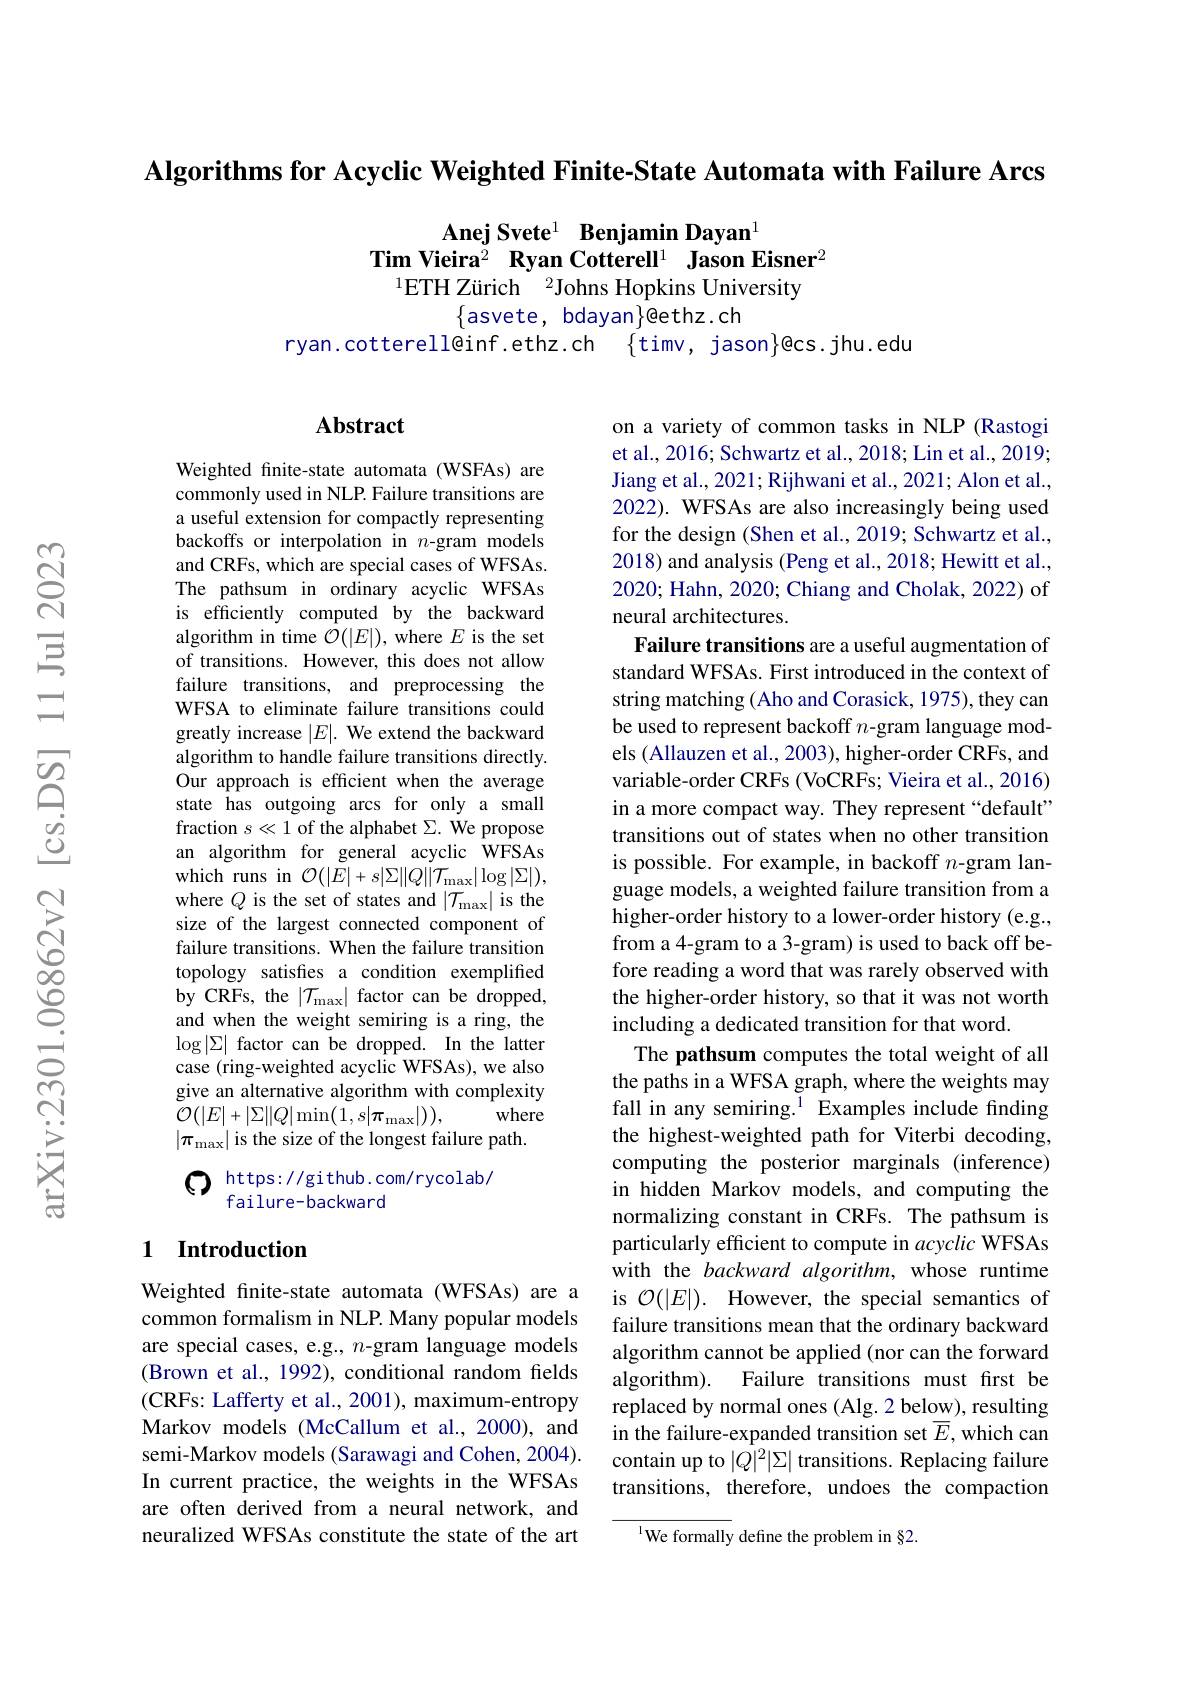
Algorithms for Acyclic Weighted Finite-State Automata with Failure Arcs

Anej Svete$^{1}$ Benjamin Dayan$^{1}$
Tim Vieira$^2\textbf{ Ryan Cotterell}^1\textbf{ Jason Eisner}^2$
$^{1}$ETH Zürich$^2$Johns Hopkins University

$\{$asvete, bdayan$\}$@ethz.ch
ryan.cotterell@inf.ethz.ch $\{$timv, jason$\}$@cs.jhu.edu

### $\mathbf{Abstract}$

Weighted fnite-state automata (WSFAs) are commonly used in NLP. Failure transitions are a useful extension for compactly representing backoffs or interpolation in $n$-gram models and CRFs, which are special cases of WFSAs. The pathsum in ordinary acyclic WFSAs is efficiently computed by the backward algorithm in time $\mathcal{O}(|E|)$, where $E$ is the set of transitions. However, this does not allow failure transitions, and preprocessing the WFSA to eliminate failure transitions could greatly increase $|E|.$ We extend the backward algorithm to handle failure transitions directly. Our approach is efficient when the average state has outgoing arcs for only a small fraction $s\ll1$ of the alphabet $\Sigma.$ We propose an algorithm for general acyclic $\hat{\mathrm{WFSAs}}$ which runs in $\mathcal{O} ( | \tilde{E} | + s| \Sigma | | Q| | \tilde{\mathcal{T} } _{\mathrm{max}}| \log | \Sigma | ) $, where $Q$ is the set of states and $|\mathcal{T}_\mathrm{max}|$ is the size of the largest connected component of failure transitions. When the failure transition topology satisfies a condition exemplified by CRFs, the $|\mathcal{T}_\mathrm{max}|$ factor can be dropped, and when the weight semiring is a ring, the $\log|\Sigma|$ factor can be dropped. In the latter case (ring-weighted acyclic WFSAs), we also give an alternative algorithm with complexity
where
$\mathcal{O}(|E|+|\Sigma||Q|\min(1,s|\pi_{\max}|))$,
$|\pi_{\max}|$ is the size of the longest failure path.
$\textcircled{\mathrm{C}}\underline{\text{https://github.com/rycolab/}\\\text{failure-backward}}$

on a variety of common tasks in NLP (Rastogi et al., 2016; Schwartz et al., 2018; Lin et al., 2019; Jiang et al., 2021; Rijhwani et al., 2021; Alon et al., 2022). WFSAs are also increasingly being used for the design (Shen et al., 2019; Schwartz et al., 2018) and analysis (Peng et al., 2018; Hewitt et al., 2020; Hahn, 2020; Chiang and Cholak, 2022) of neural architectures.
Failure transitions are a useful augmentation of standard WFSAs. First introduced in the context of string matching (Aho and Corasick, 1975), they can be used to represent backoff $n$-gram language models (Allauzen et al., 2003), higher-order CRFs, and variable-order CRFs (VoCRFs; Vieira et al., 2016) in a more compact way. They represent“default” transitions out of states when no other transition is possible. For example, in backoff $n$-gram language models, a weighted failure transition from a higher-order history to a lower-order history (e.g., from a 4-gram to a 3-gram) is used to back off before reading a word that was rarely observed with the higher-order history, so that it was not worth including a dedicated transition for that word.
The pathsum computes the total weight of all the paths in a WFSA graph, where the weights may fall in any semiring.$^{1}$ Examples include finding the highest-weighted path for Viterbi decoding, computing the posterior marginals (inference) in hidden Markov models, and computing the normalizing constant in CRFs. The pathsum is particularly efficient to compute in acyclic WFSAs with the backward algorithm, whose runtime is $\mathcal{O} ( | E| ) .$ However, the special semantics of failure transitions mean that the ordinary backward algorithm cannot be applied (nor can the forward algorithm). Failure transitions must frst be replaced by normal ones (Alg. 2 below), resulting in the failure-expanded transition set $\overline{E}$,which can contain up to $|Q|^2|\Sigma|$ transitions. Replacing failure transitions, therefore, undoes the compaction
$^{1}$We formally define the problem in §2.

## 1 Introduction

Weighted fnite-state automata (WFSAs) are a common formalism in NLP. Many popular models are special cases, e.g., $n$-gram language models (Brown et al., 1992), conditional random fields (CRFs: Lafferty et al., 2001), maximum-entropy Markov models (McCallum et al., 2000), and semi-Markov models (Sarawagi and Cohen, 2004). In current practice, the weights in the WFSAs are often derived from a neural network, and neuralized WFSAs constitute the state of the art